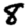
Digit: 8